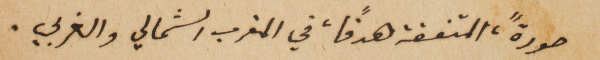
صورةً، المتفقة هدفاً، في المغرب الشمالي والغربي.